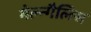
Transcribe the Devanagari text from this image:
मेल्न्गैलिस